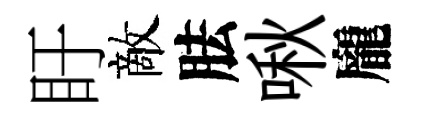
盱敵胠啾龐